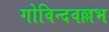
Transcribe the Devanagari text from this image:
गोविन्दवल्लभ